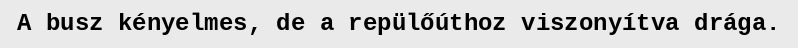
A busz kényelmes, de a repülőúthoz viszonyítva drága.